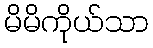
မိမိကိုယ်သာ